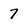
Character: 7